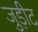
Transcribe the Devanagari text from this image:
जुड़ीट